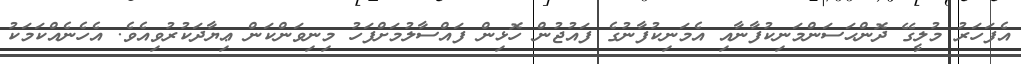
އެފަހަރު މުލީގޭ ދޮންޙަސަންމަނިކުފާނާއި އެމަނިކުފާނުގެ ފައުޖުން ހޮޅިން ފައްސާލުމަށްފަހު މިނިވަންކަން ޢިޔާދަކުރުވިއެވެ. އެހެނެއްކަމަކު